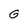
Character: G